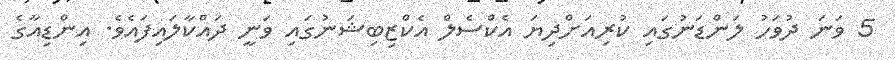
5 ވަނަ ދުވަހު ލަންޑަނުގައި ކުރިއަށްދިޔަ އެކްސެލް އެކްޒިބިޝަނުގައި ވަނީ ދައްކާލައިފައެވެ. އިންޑިއާގެ